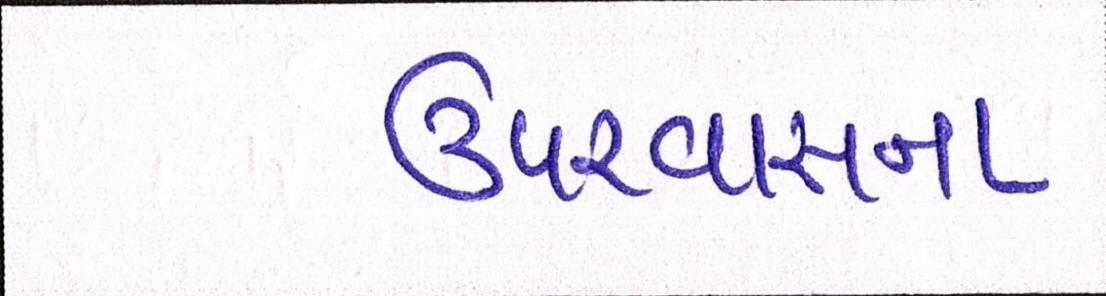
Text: ઉપરવાસના